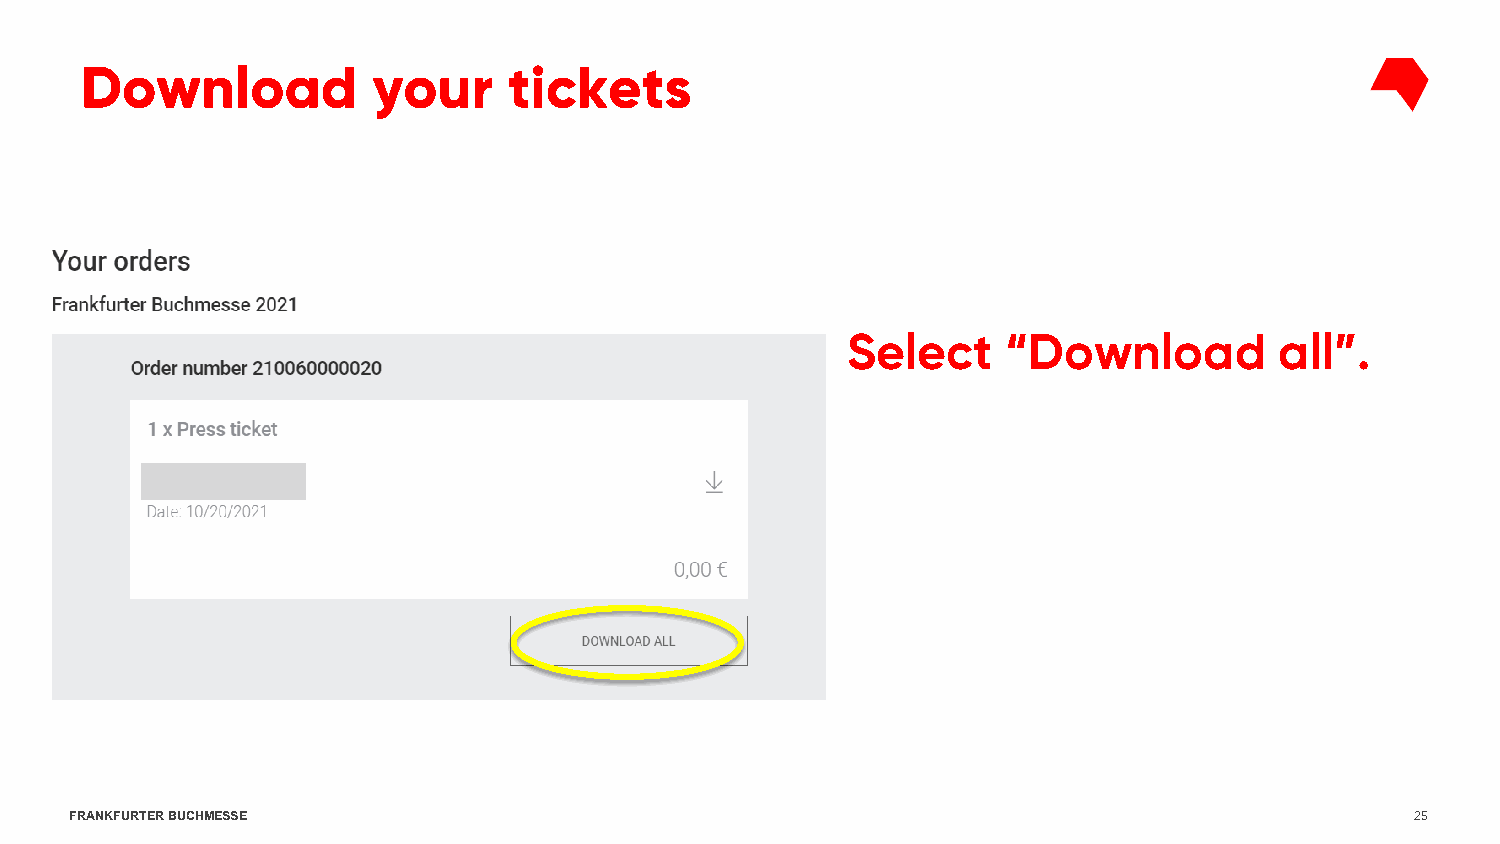
Download            your     tickets
 Select     “Download         all”.
 FRANKFURTER BUCHMESSE                                                                    25